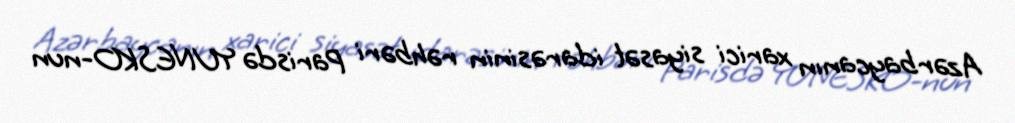
Azərbaycanın xarici siyasət idarəsinin rəhbəri Parisdə YUNESKO-nun